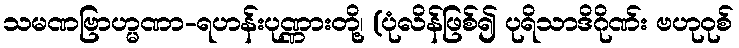
သမဏဗြာဟ္မဏာ-ရဟန်းပုဏ္ဏားတို့၊ (ပုံလိန်ဖြစ်၍ ပုရိသာဒိဂိုဏ်း ဗဟုဝုစ်